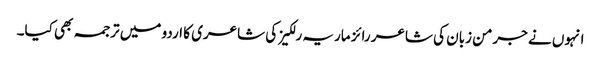
انہوں نے جرمن زبان کی شاعر رائز ماریہ رلکیز کی شاعری کا اردو میں ترجمہ بھی کیا۔